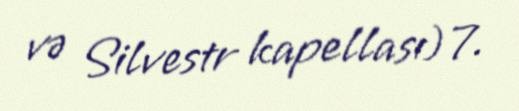
və Silvestr kapellası) 7.